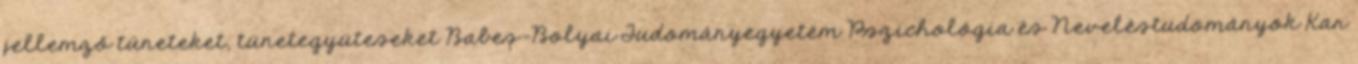
jellemző tüneteket, tünetegyüteseket Babeș-Bolyai Tudományegyetem Pszichológia és Neveléstudományok Kar